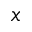
x